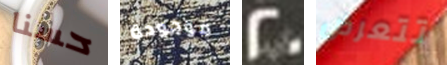
حسنا موجودة 20 تتعرض